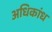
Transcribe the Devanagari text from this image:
अधिकांध